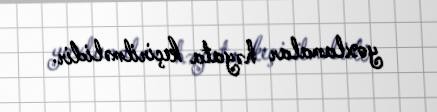
yoxlamalar həyata keçirilməlidir.